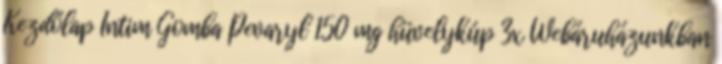
Kezdőlap Intim Gomba Pevaryl 150 mg hüvelykúp 3x Webáruházunkban